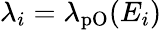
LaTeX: \lambda_{i}=\lambda_{\mathrm{pO}}(E_{i})